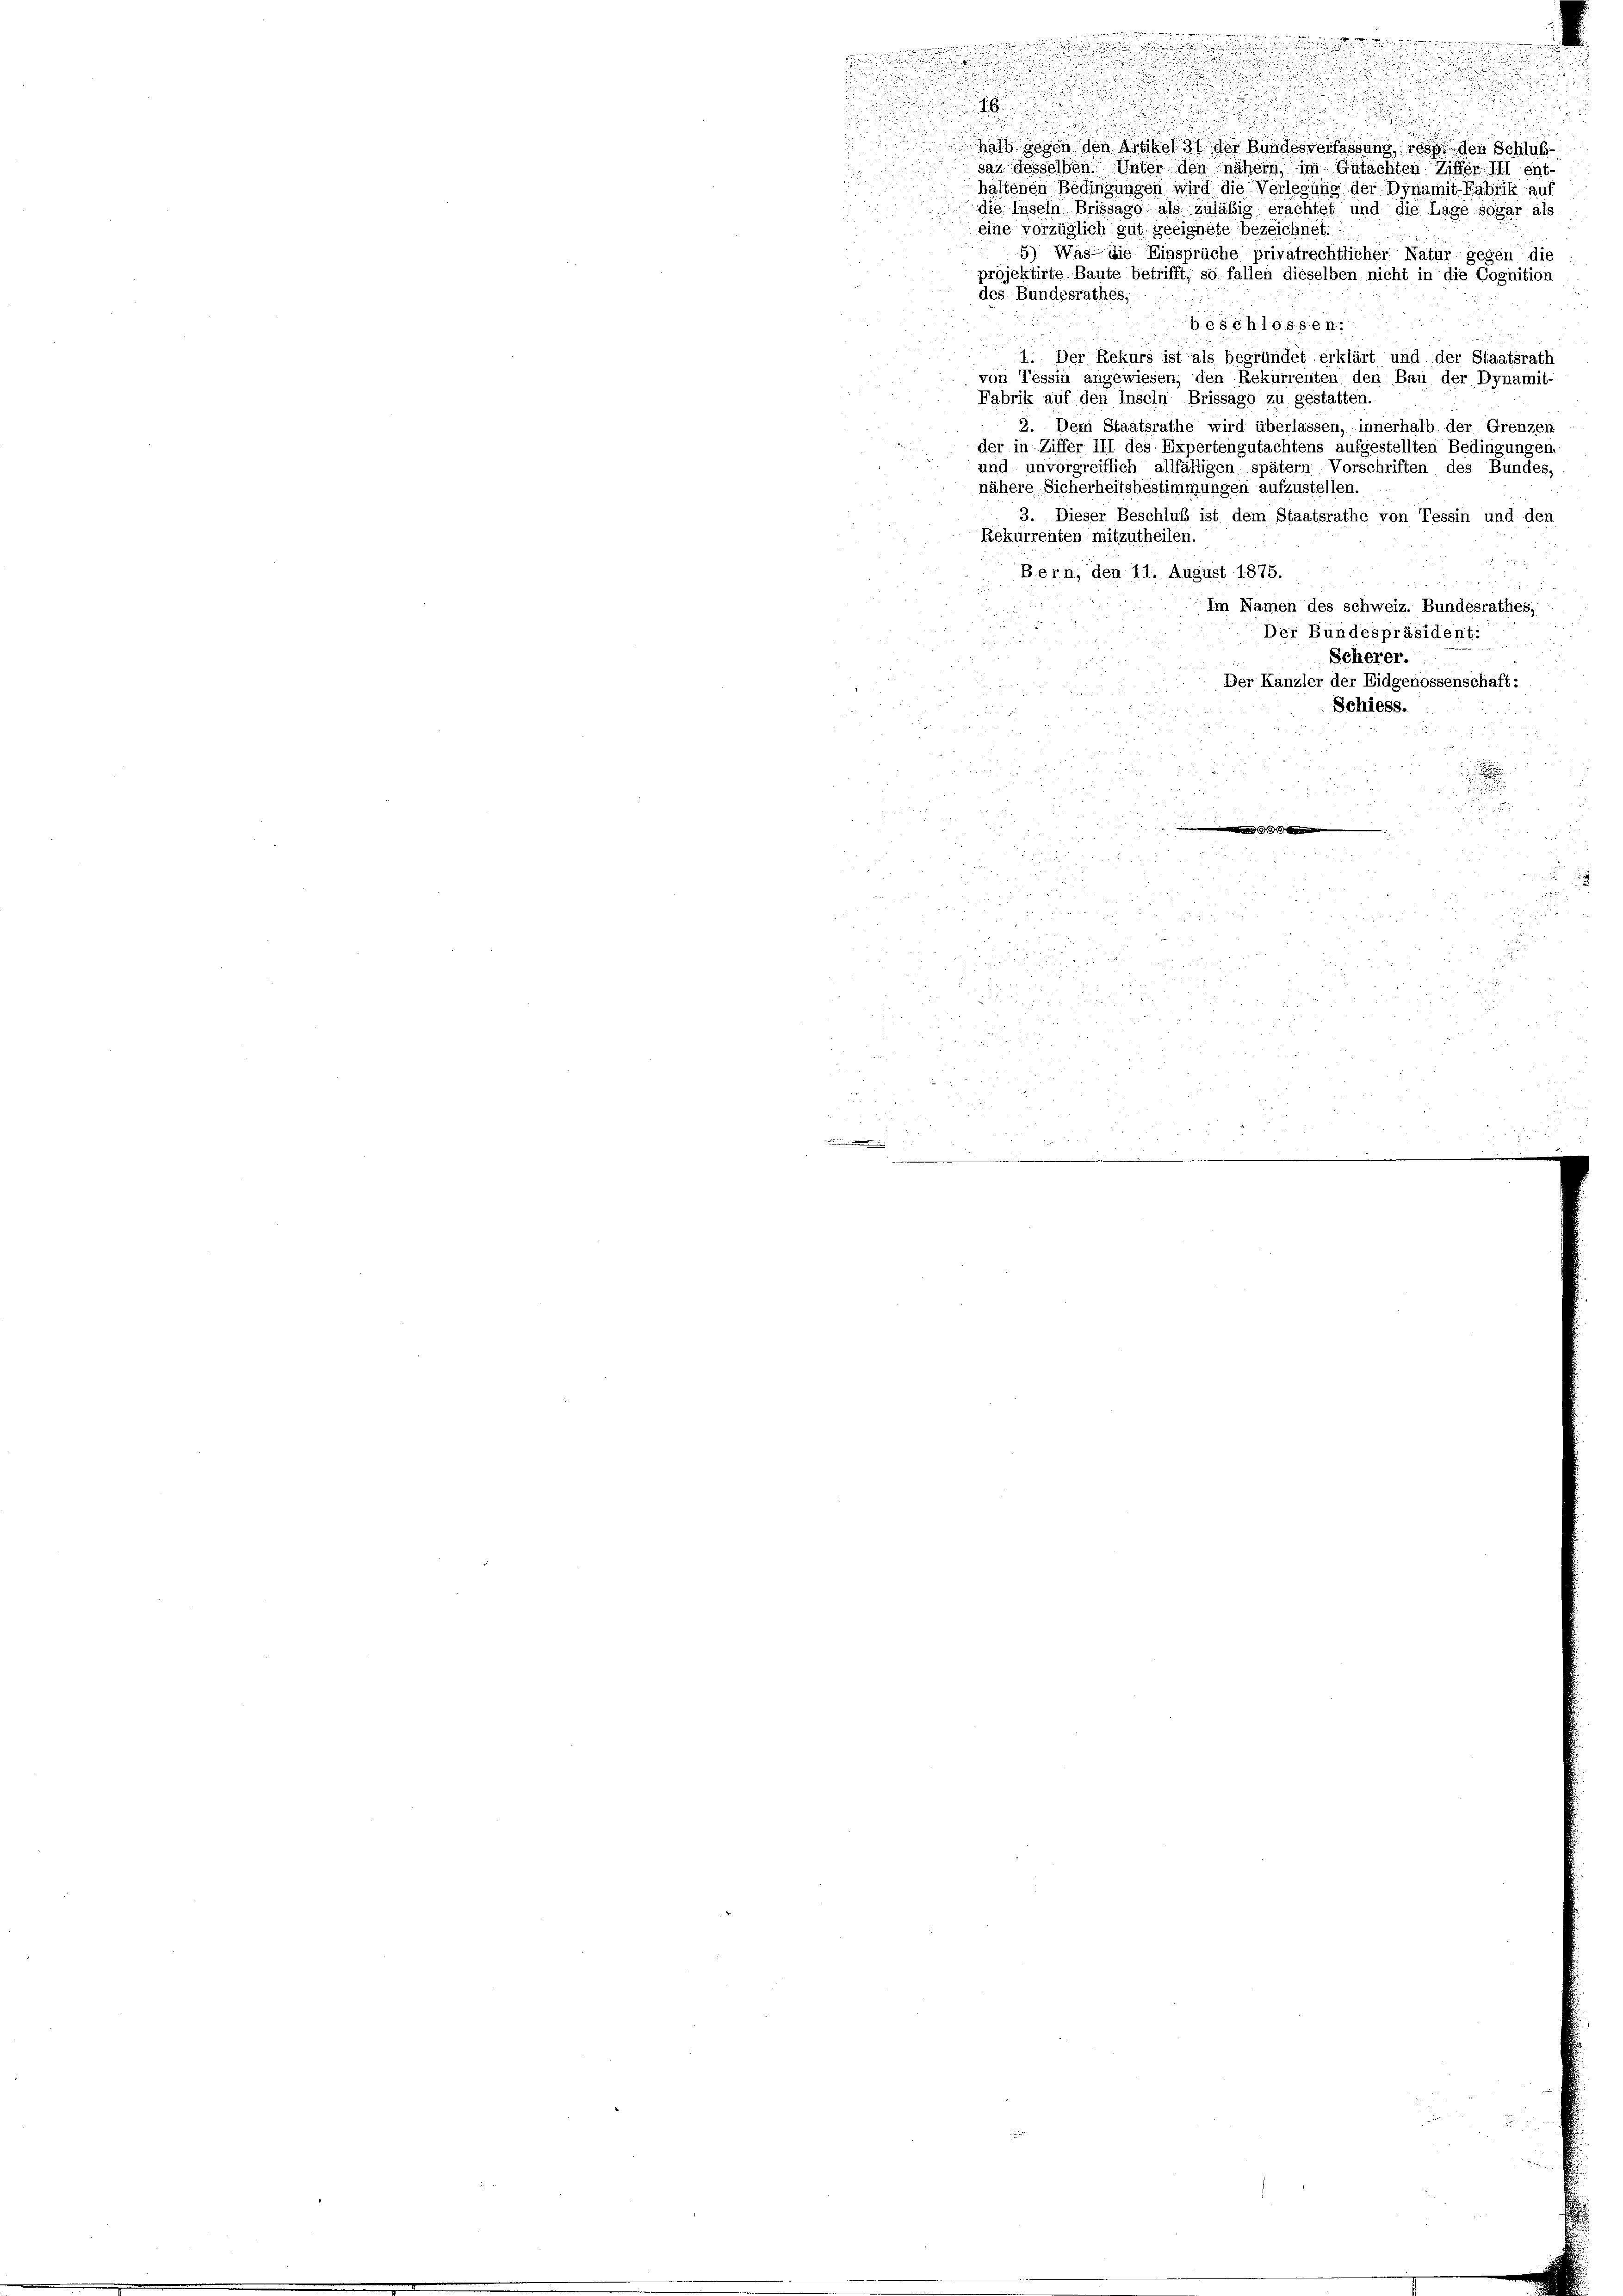
d
i

u

16.
n
u
halb gegen den Artikel 31 der Bundesverfassung, es den Schluß
saz desselben. Unter den nähern im Gutachten Ziffer III ent
haltenen Bedingungen wird die Verlegung der Dynamit-Fabrik au
die Inseln Brissago als zuläbig erachtet und die Lage sogar als
eine vorzüglich gut geeignete bezeichnet.
5) Was die Einsprüche privatrechtlicher Natur gegen die
projektirte Baute betrifft, so fallen dieselben nicht in die Cognition
des Bundesrathes,
beschlossen:
1. Der Rekurs ist als begründet erklärt und der Staatsrath
von Tessin angewiesen, den Rekurrenten den Bau der Dynamit-
Fabrik auf den Inseln Brissago zu gestatten.
2. Dem Staatsrathe wird überlassen, innerhalb der Grenzen
der in Ziffer III des Expertengutachtens aufgestellten Bedingungen
und unvorgreiflich allfälligen spätem Vorschriften des Bundes,
nähere Sicherheitsbestimmungen aufzustellen.
3. Dieser Beschluß ist dem Staatsrathe von Tessin und den
Rekurrenten mitzutheilen.

Bern; den 11. August 1875.
Im Namen des schweiz. Bundesrathes,
Der Bundespräsident:
Scherer.
Der Kanzler der Eidgenossenschaft:
Schiess.

1 1890
s

2
uu

i
n